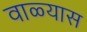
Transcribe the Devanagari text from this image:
वाळ्यास